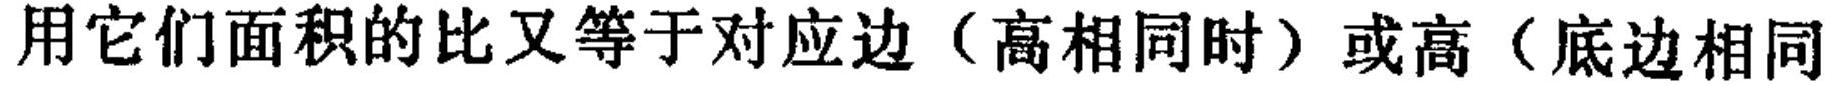
用它们面积的比又等于对应边（高相同时）或高（底边相同